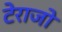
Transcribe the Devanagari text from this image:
टेराजो